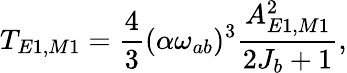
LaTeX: T_{E1,M1}=\frac{4}{3}(\alpha\omega_{ab})^{3}\frac{A_{E1,M1}^{2}}{2J_{b}+1},